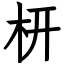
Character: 枅